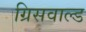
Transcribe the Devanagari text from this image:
ग्रिसवाल्ड